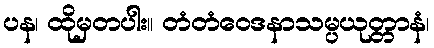
ပန၊ ထိုမှတပါး။ တံတံဝေဒနာသမ္ပယုတ္တာနံ၊